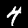
Label: 4